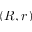
( R , r )